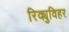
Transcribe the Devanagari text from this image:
रिक्युविहर